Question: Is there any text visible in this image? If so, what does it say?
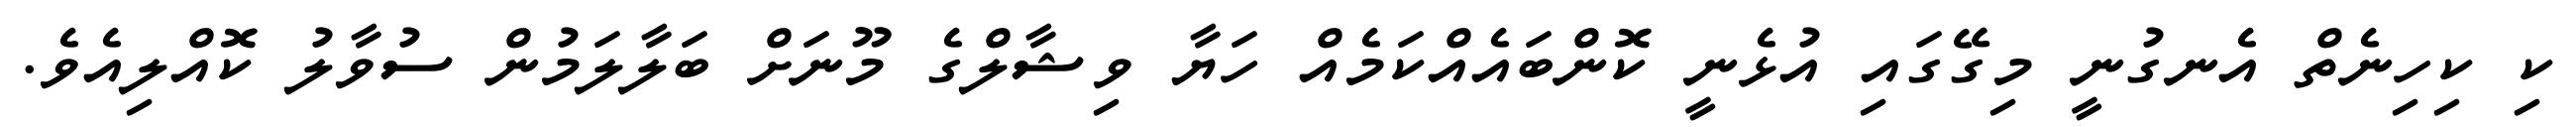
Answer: ކި ކިހިނެތް އެނގުނީ މިގޭގައި އުޅެނީ ކޮންބައެއްކަމެއް ހަޔާ ވިޝާލްގެ މޫނަށް ބަލާލަމުން ސުވާލު ކޮއްލިއެވެ.